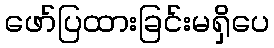
ဖော်ပြထားခြင်းမရှိပေ